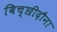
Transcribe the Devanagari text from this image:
बिच्छीदौना